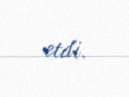
etdi.